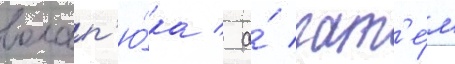
волап'ю́ка / а́ зат'е́м